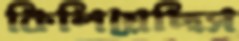
কিলিয়েছিস